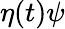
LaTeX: \eta(t)\psi